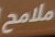
ملامح